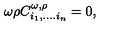
\omega \rho C _ { i _ { 1 } , . . . . i _ { n } } ^ { \omega , \rho } = 0 ,